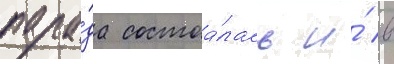
пара́да состоа́лась и́ в